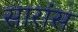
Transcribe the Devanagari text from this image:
सारांस